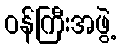
ဝန်ကြီးအဖွဲ့